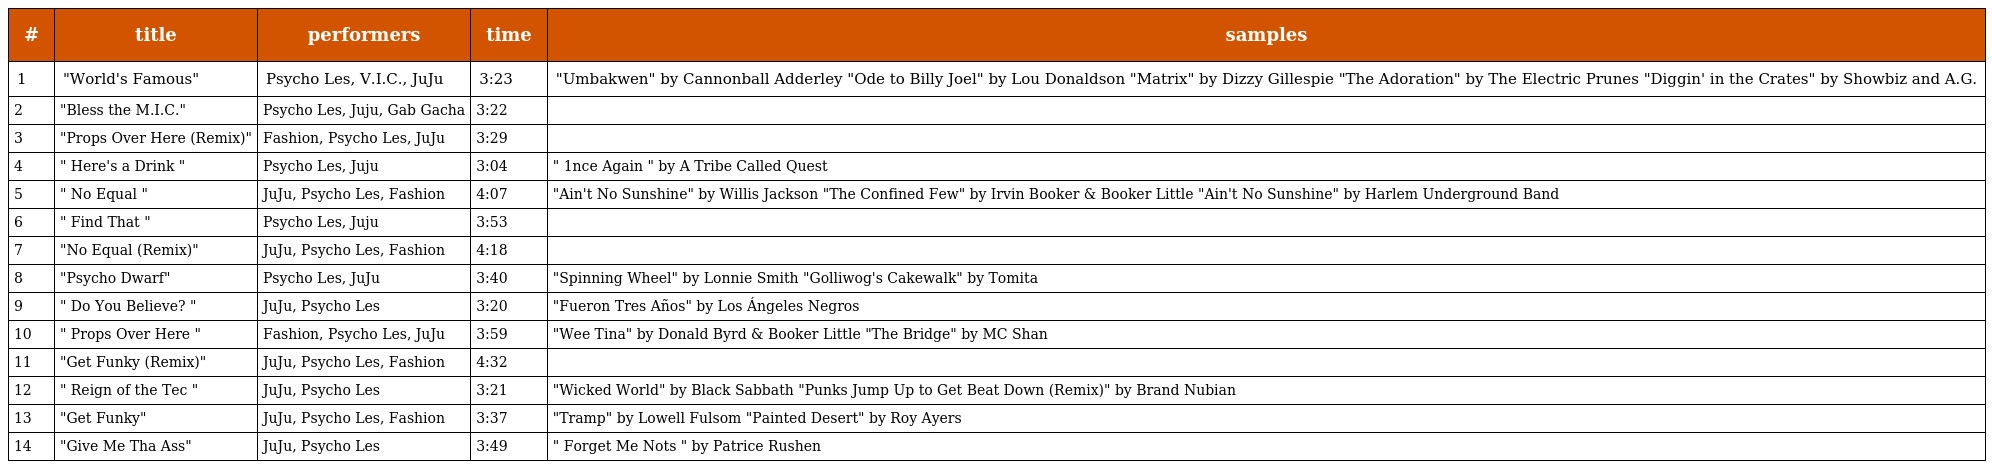
| # | title | performers | time | samples |
 | --- | --- | --- | --- | --- |
 | 1 | "World's Famous" | Psycho Les, V.I.C., JuJu | 3:23 | "Umbakwen" by Cannonball Adderley "Ode to Billy Joel" by Lou Donaldson "Matrix" by Dizzy Gillespie "The Adoration" by The Electric Prunes "Diggin' in the Crates" by Showbiz and A.G. |
 | 2 | "Bless the M.I.C." | Psycho Les, Juju, Gab Gacha | 3:22 |  |
 | 3 | "Props Over Here (Remix)" | Fashion, Psycho Les, JuJu | 3:29 |  |
 | 4 | " Here's a Drink " | Psycho Les, Juju | 3:04 | " 1nce Again " by A Tribe Called Quest |
 | 5 | " No Equal " | JuJu, Psycho Les, Fashion | 4:07 | "Ain't No Sunshine" by Willis Jackson "The Confined Few" by Irvin Booker & Booker Little "Ain't No Sunshine" by Harlem Underground Band |
 | 6 | " Find That " | Psycho Les, Juju | 3:53 |  |
 | 7 | "No Equal (Remix)" | JuJu, Psycho Les, Fashion | 4:18 |  |
 | 8 | "Psycho Dwarf" | Psycho Les, JuJu | 3:40 | "Spinning Wheel" by Lonnie Smith "Golliwog's Cakewalk" by Tomita |
 | 9 | " Do You Believe? " | JuJu, Psycho Les | 3:20 | "Fueron Tres Años" by Los Ángeles Negros |
 | 10 | " Props Over Here " | Fashion, Psycho Les, JuJu | 3:59 | "Wee Tina" by Donald Byrd & Booker Little "The Bridge" by MC Shan |
 | 11 | "Get Funky (Remix)" | JuJu, Psycho Les, Fashion | 4:32 |  |
 | 12 | " Reign of the Tec " | JuJu, Psycho Les | 3:21 | "Wicked World" by Black Sabbath "Punks Jump Up to Get Beat Down (Remix)" by Brand Nubian |
 | 13 | "Get Funky" | JuJu, Psycho Les, Fashion | 3:37 | "Tramp" by Lowell Fulsom "Painted Desert" by Roy Ayers |
 | 14 | "Give Me Tha Ass" | JuJu, Psycho Les | 3:49 | " Forget Me Nots " by Patrice Rushen |